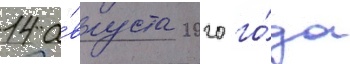
14 а́вгуста 2020 го́да